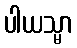
ပါယသ္မာ